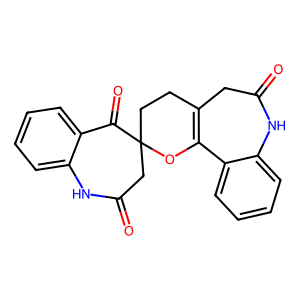
SMILES: O=C1CC2(CCC3=C(O2)c2ccccc2NC(=O)C3)C(=O)c2ccccc2N1
Inhibits HIV replication: No